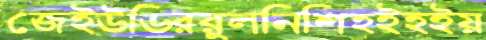
জেইউডিররুলনিশিহইহইয়